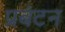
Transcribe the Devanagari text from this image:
प्रबंटन